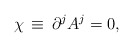
\begin{align*}\chi\, \equiv \,\partial^{j}A^{j} = 0,\end{align*}